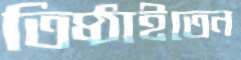
তিষ্ঠাইতেন